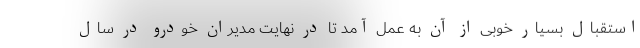
استقبال بسیار خوبی از آن به عمل آمد تا در نهایت مدیران خودرو در سال